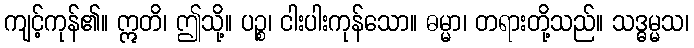
ကျင့်ကုန်၏။ ဣတိ၊ ဤသို့။ ပဉ္စ၊ ငါးပါးကုန်သော။ ဓမ္မာ၊ တရားတို့သည်။ သဒ္ဓမ္မသ၊